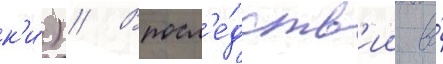
к'и́) // Впосл'е́дств'ии во́